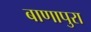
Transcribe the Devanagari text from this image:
बाणापुरा